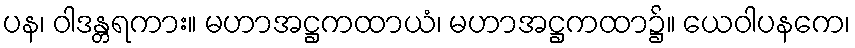
ပန၊ ဝါဒန္တရကား။ မဟာအဋ္ဌကထာယံ၊ မဟာအဋ္ဌကထာ၌။ ယေဝါပနကေ၊